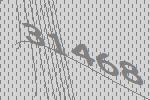
31468